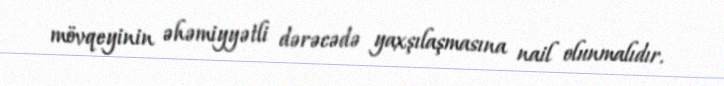
mövqeyinin əhəmiyyətli dərəcədə yaxşılaşmasına nail olunmalıdır.